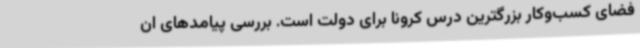
فضای کسب‌وکار بزرگترین درس کرونا برای دولت است. بررسی پیامدهای ان